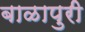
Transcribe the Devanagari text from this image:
बाळापुरी